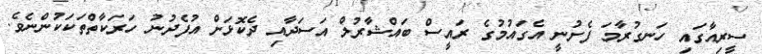
ސީރިއާގައި ހަނގުރާމަ ފެށުނީ އެގައުމުގެ ރައީސް ބައްޝާރުލް އަސަދާއި ދެކޮޅަށް އުފެދުނު ހަރަކާތްތަކަކުންނެވެ.